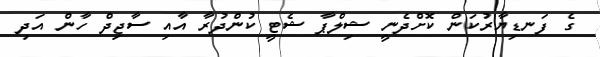
ގެ ފަނޑިޔާރުކަން ކޮށްދެނީ ޝިލްޕާ ޝެޓީ ކުންދުރާ އާއި ސާޖިދް ހާން އަދި